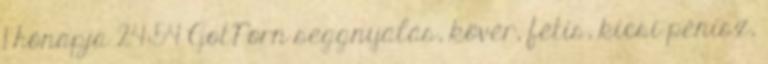
1 hónapja 24:54 GotPorn seggnyalás, kövér, fétis, kicsi pénisz,